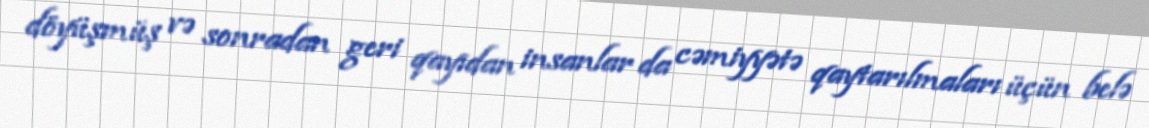
döyüşmüş və sonradan geri qayıdan insanlar da cəmiyyətə qaytarılmaları üçün belə